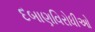
દબાણવિરોધીઓ